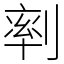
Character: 𠞩